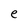
Character: e